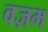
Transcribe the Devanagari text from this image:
वज़म